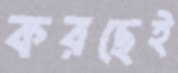
করছেই